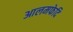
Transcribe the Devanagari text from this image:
आलमफेदि